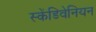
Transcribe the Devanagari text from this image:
स्केंडिवेनियन